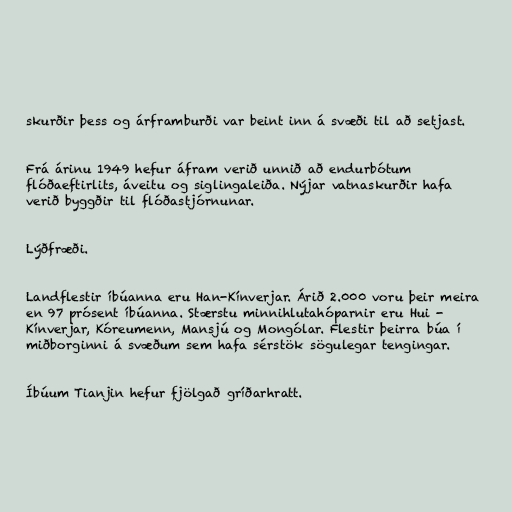
skurðir þess og árframburði var beint inn á svæði til að setjast.

Frá árinu 1949 hefur áfram verið unnið að endurbótum
flóðaeftirlits, áveitu og siglingaleiða. Nýjar vatnaskurðir hafa
verið byggðir til flóðastjórnunar.

Lýðfræði.

Landflestir íbúanna eru Han-Kínverjar. Árið 2.000 voru þeir meira
en 97 prósent íbúanna. Stærstu minnihlutahóparnir eru Hui -
Kínverjar, Kóreumenn, Mansjú og Mongólar. Flestir þeirra búa í
miðborginni á svæðum sem hafa sérstök sögulegar tengingar.

Íbúum Tianjin hefur fjölgað gríðarhratt.